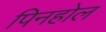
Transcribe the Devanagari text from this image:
पिनहोल